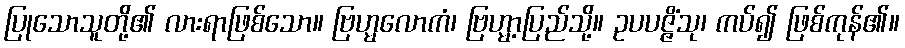
ပြုသောသူတို့၏ လားရာဖြစ်သော။ ဗြဟ္မလောကံ၊ ဗြဟ္မာ့ပြည်သို့။ ဥပပဇ္ဇိံသု၊ ကပ်၍ ဖြစ်ကုန်၏။